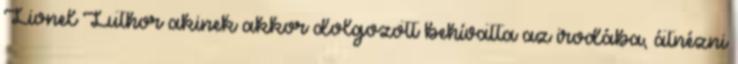
Lionel Luthor akinek akkor dolgozott behívatta az irodába, átnézni